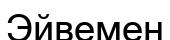
Эйвемен